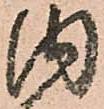
内